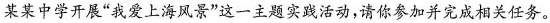
某某中学开展”我爱上海风景”这一主题实践活动，请你参加并完成相关任务。